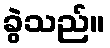
ခွဲသည်။